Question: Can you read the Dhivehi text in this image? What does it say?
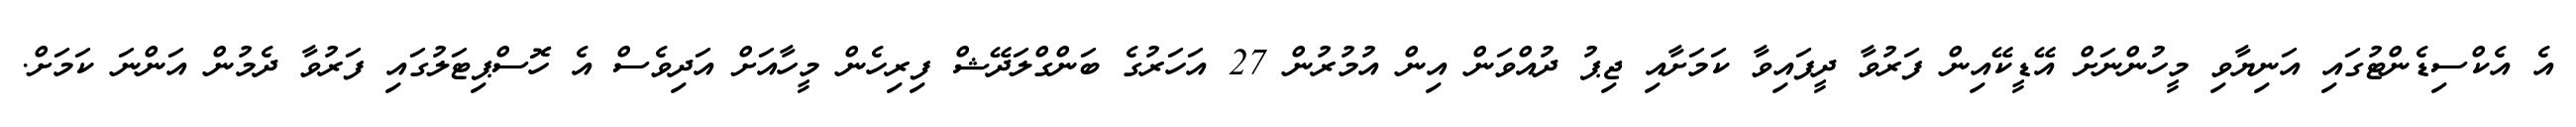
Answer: އެ އެކްސިޑެންޓުގައި އަނިޔާވި މީހުންނަށް އޭޑީކޭއިން ފަރުވާ ދީފައިވާ ކަމަށާއި ޖިޕު ދުއްވަން އިން އުމުރުން 27 އަހަރުގެ ބަންގްލަދޭޝް ފިރިހެން މީހާއަށް އަދިވެސް އެ ހޮސްޕިޓަލުގައި ފަރުވާ ދެމުން އަންނަ ކަމަށް.